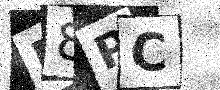
Text: D8PC